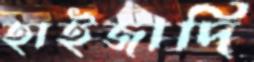
হাইজাদি